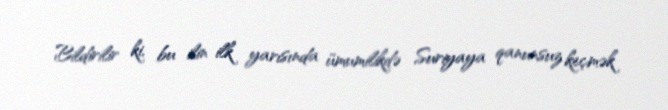
Bildirilir ki, bu ilin ilk yarısında ümumilikdə Suriyaya qanunsuz keçmək